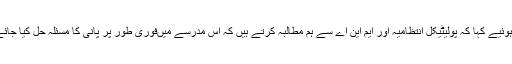
مہتمم مولوی عبدالحق نے خویزئی بیزئی پریس کلب کے نمائندوں سے گفتگو کرتے ہوئیے کہا کہ پولیٹیکل انتظامیہ اور ایم این اے سے ہم مطالبہ کرتے ہیں کہ اس مدرسے میںفوری طور پر پانی کا مسئلہ حل کیا جائے جبکہ بجلی نہ ہونے کی وجہ سے پانی کی فراہمی کے لیے شمسی فراہم کی جائے۔